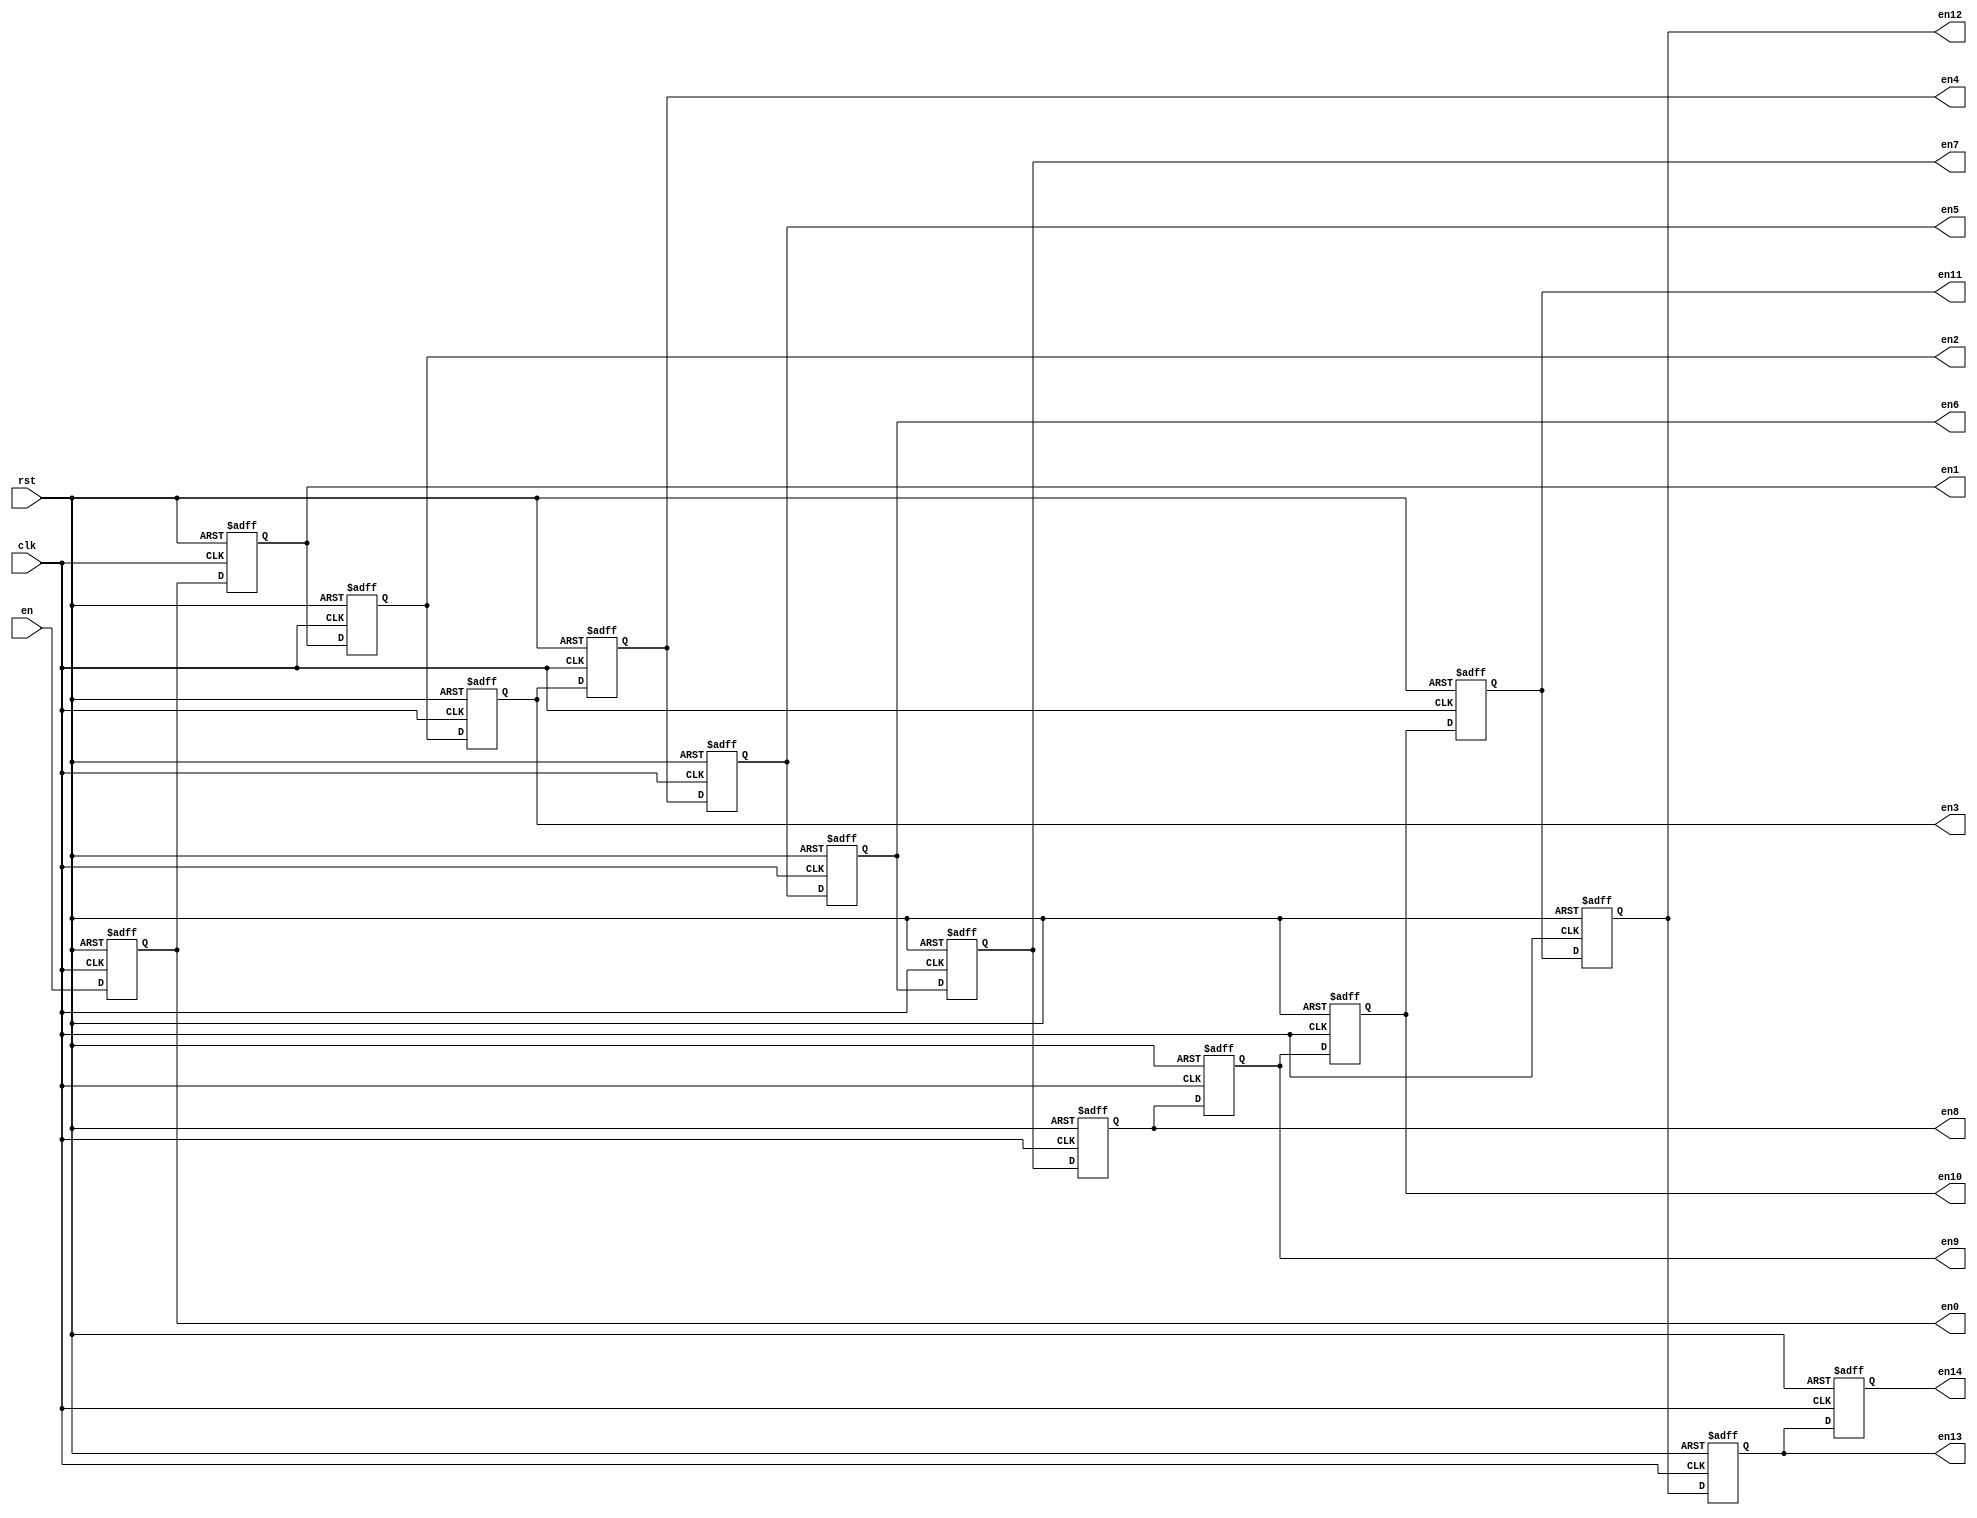
module delay(
  input wire clk,
	input wire rst,
  input wire en,
  output reg en0,
  output reg en1,
  output reg en2,
  output reg en3,  
  output reg en4,
  output reg en5,
  output reg en6,
  output reg en7,
  output reg en8,
  output reg en9,
  output reg en10,
  output reg en11,
  output reg en12,
  output reg en13,
  output reg en14


);

always@(posedge clk or negedge rst)
begin
	if (!rst)
		begin
      en0 <= 0;
      en1 <= 0;
      en2 <= 0;
      en3 <= 0;
      en4 <= 0;
      en5 <= 0;
      en6 <= 0;
      en7 <= 0;
      en8 <= 0;
      en9 <= 0;
      en10 <= 0;
      en11 <= 0;
      en12 <= 0;
      en13 <= 0;
      en14 <= 0;


		end
	else begin

    en14 <= en13;      
    en13 <= en12;
    en12 <= en11;
    en11 <= en10;
    en10 <= en9;
    en9 <= en8;
    en8 <= en7;
    en7 <= en6;
    en6 <= en5;
    en5 <= en4;
    en4 <= en3;
    en3 <= en2;
    en2 <= en1;
    en1 <= en0;
    en0 <= en;
  end
	end


  endmodule